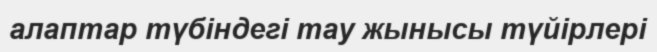
алаптар түбіндегі тау жынысы түйірлері